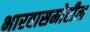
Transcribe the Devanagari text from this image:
भारतासमोरील